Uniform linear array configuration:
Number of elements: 32
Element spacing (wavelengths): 0.75
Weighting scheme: uniform
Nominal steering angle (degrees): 45
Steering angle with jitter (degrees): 46.486
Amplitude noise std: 0.05
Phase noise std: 0.05

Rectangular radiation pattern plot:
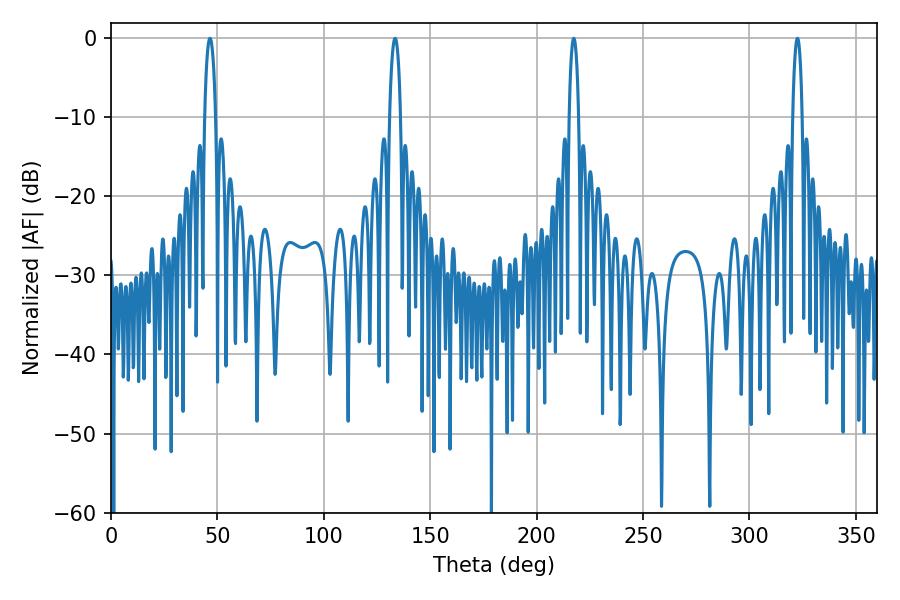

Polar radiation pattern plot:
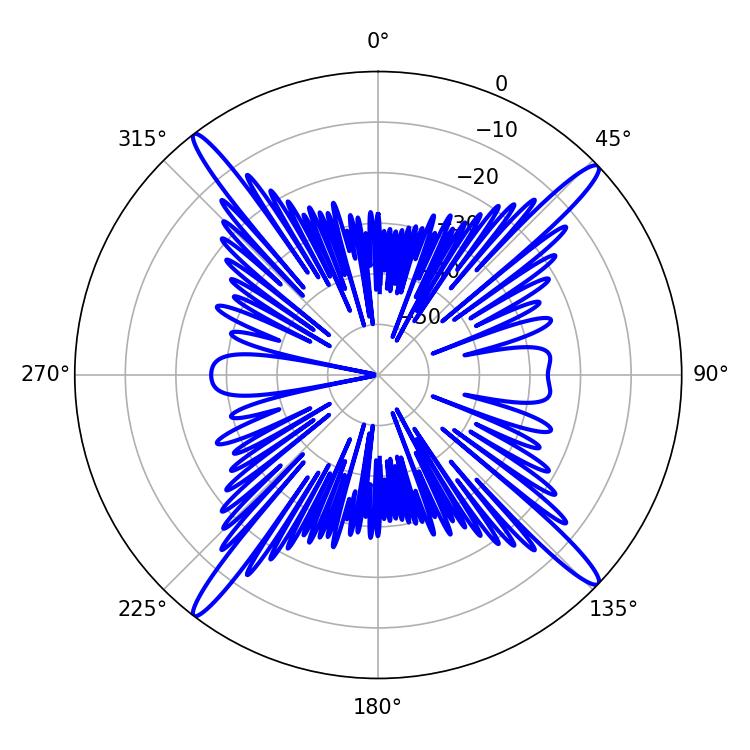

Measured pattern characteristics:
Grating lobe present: TRUE
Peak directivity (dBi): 19.222
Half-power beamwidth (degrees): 2.52
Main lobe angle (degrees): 217.44